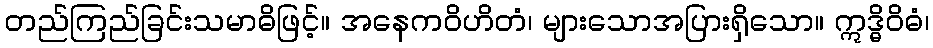
တည်ကြည်ခြင်းသမာဓိဖြင့်။ အနေကဝိဟိတံ၊ များသောအပြားရှိသော။ ဣဒ္ဓိဝိဓံ၊